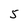
Character: 5